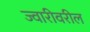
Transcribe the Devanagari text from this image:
ज्वारीवरील